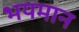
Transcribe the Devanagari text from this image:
भयमान